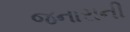
જનારાની